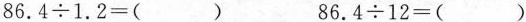
$$8 6 . 4 \div 1 . 2 = ( )$$ $$8 6 . 4 \div 1 2 = ( )$$